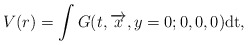
\begin{align*}V(r)=\int G(t,\overrightarrow{x},y=0;0,0,0)\rm{d}t,\end{align*}